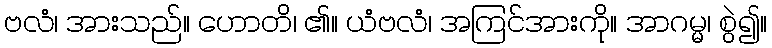
ဗလံ၊ အားသည်။ ဟောတိ၊ ၏။ ယံဗလံ၊ အကြင်အားကို။ အာဂမ္မ၊ စွဲ၍။